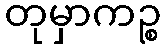
တုမှာကဉ္စ